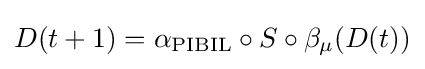
D(t+1)=\alpha _{\text{PIBIL}}\circ S\circ \beta _{\mu }(D(t))